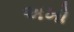
અખો